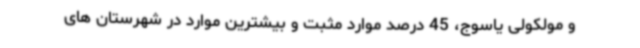
و مولکولی یاسوج، 45 درصد موارد مثبت و بیشترین موارد در شهرستان های